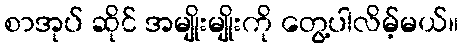
စာအုပ် ဆိုင် အမျိုးမျိုးကို တွေ့ပါလိမ့်မယ်။